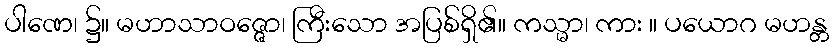
ပါဏေ၊ ၌။ မဟာသာဝဇ္ဇော၊ ကြီးသော အပြစ်ရှိ၏။ ကသ္မာ၊ ကား ။ ပယောဂ မဟန္တ